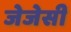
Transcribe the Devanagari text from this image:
जेजेसी